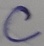
Text: C